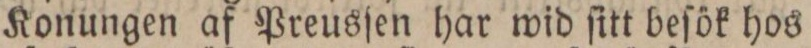
Konungen af Preusſen har wid ſitt beſök hos